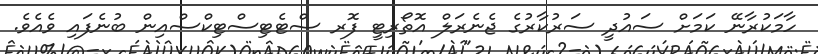
ހާމަކުރާނޭ ކަމަށް ސައުދީ ސަރުކާރުގެ ޖެނެރަލް އޮތޯރިޓީ ފޮރ ސްޓެޓިސްޓިކްސްއިން ބުނެފައި ވެއެވެ.